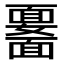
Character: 𩉆